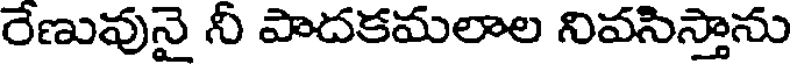
రేణువునై నీ పాదకమలాల నివసిస్తాను